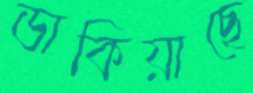
ডাকিয়াছে